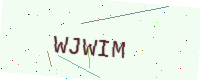
Text: WJWIM